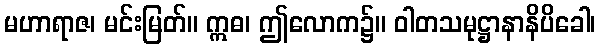
မဟာရာဇ၊ မင်းမြတ်။ ဣဓ၊ ဤလောက၌။ ဝါတသမုဋ္ဌာနာနိပိခေါ၊